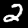
Digit: 2